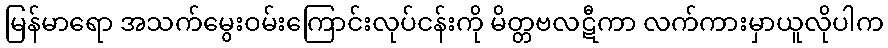
မြန်မာရော အသက်မွေးဝမ်းကြောင်းလုပ်ငန်းကို မိတ္တဗလဋီကာ လက်ကားမှာယူလိုပါက